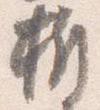
折